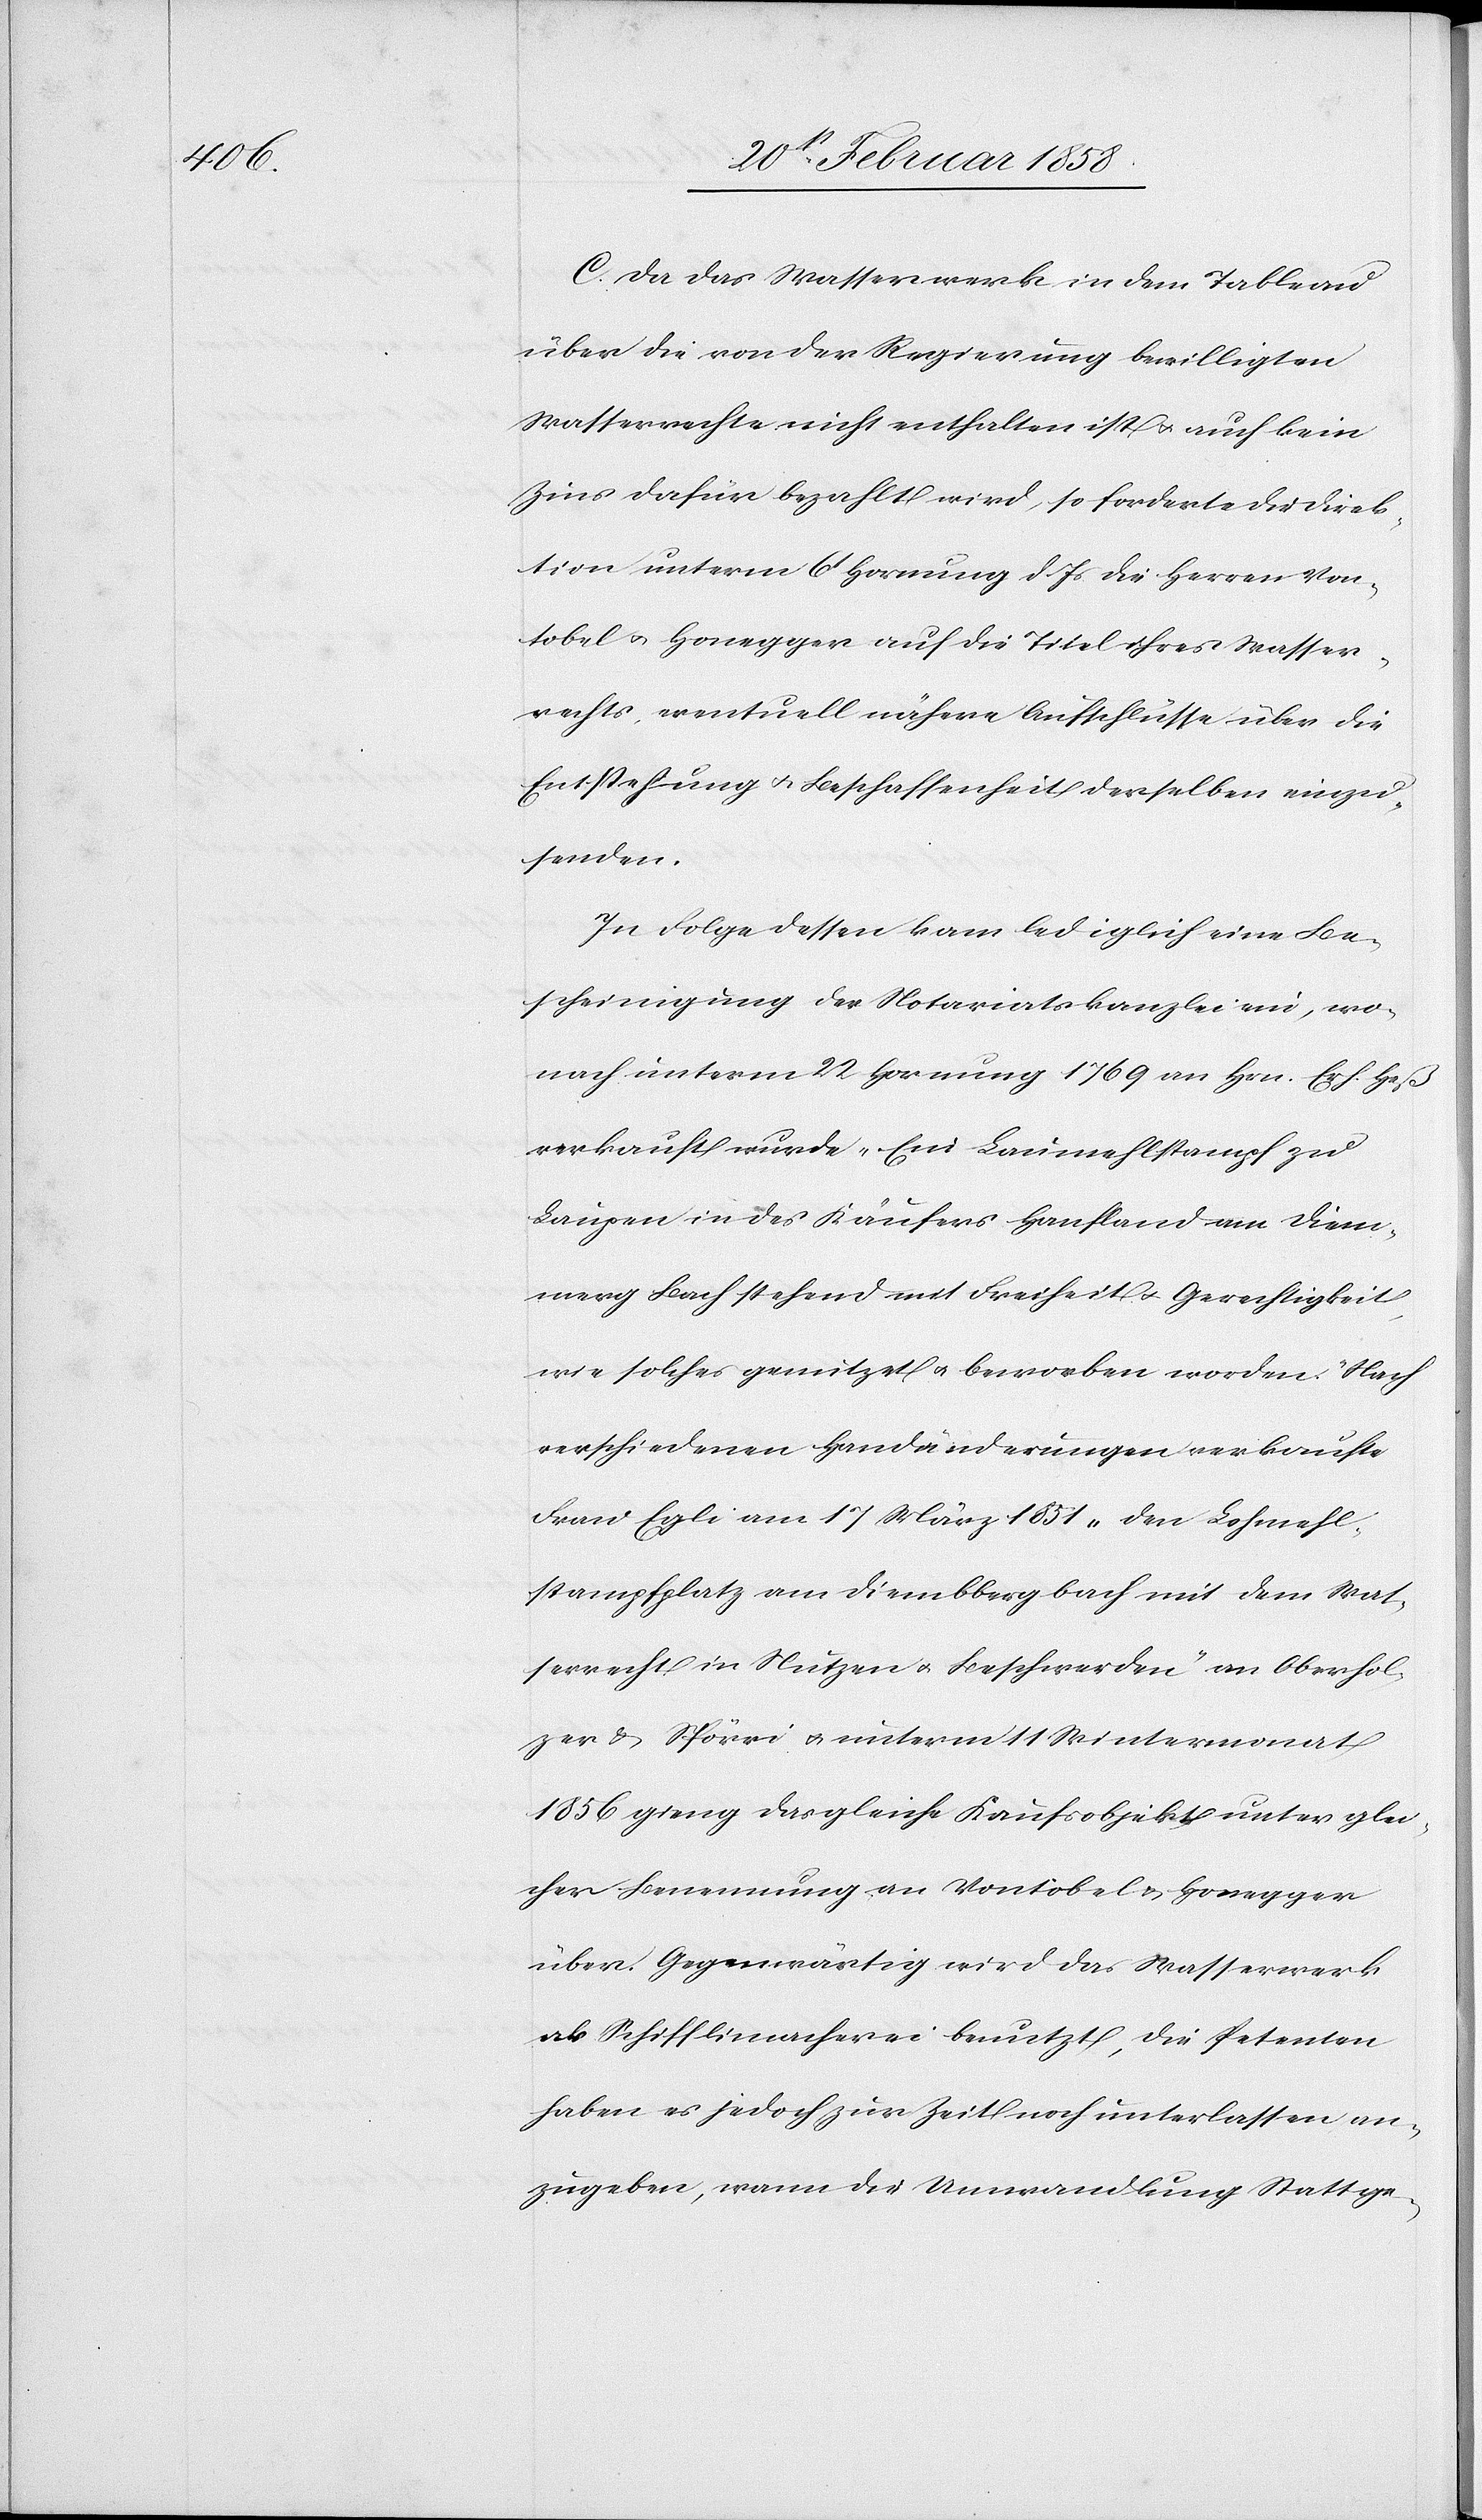
C. Da das Wassserwerk in dem Tableau
über die von der Regierung bewilligten
Wasserrechte nicht enthalten ist u. auch kein
Zins dafür bezahlt wird, so forderte die Direk¬
tion unterm 6t Hornung d. Js. die Herren Von¬
tobel u. Honegger auf die Titel ihres Wasser¬
rechts, eventuell nähere Aufschlüsse über die
Entstehung u. Beschaffenheit derselben einzu¬
senden.
In Folge dessen kam lediglich eine Be¬
scheinigung der Notariatskanzlei ein, wo¬
nach unterm 22 Hornung 1769 an Hrn. Erh. Heß
verkauft wurde „Ein Laumehlstampf zu
Laupen in des Käufers Hanfland am Diemmerg
[sic!] Bach stehend mit Freiheit u. Gerechtigkeit,
wie solches genutzt u. beworben worden“. Nach
verschiedenen Handänderungen verkaufte
Frau Egli am 17 März 1851 „den Lohmehl¬
stampfplatz am Diembbergbach mit dem Was¬
serrecht in Nutzen u. Beschwerden“ an Oberhol¬
zer u. Spörri u. unterm 11 Wintermonat
1856 gieng das gleiche Kaufsobjekt unter glei¬
cher Benennung an Vontobel u. Honegger
über. Gegenwärtig wird das Wasserwerk
als Schifflimacherei benutzt, die Petenten
haben es jedoch zur Zeit noch unterlassen an¬
zugeben, wann die Umwandlung Stattge-